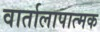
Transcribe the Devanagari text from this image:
वार्तालापात्मक